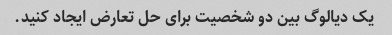
یک دیالوگ بین دو شخصیت برای حل تعارض ایجاد کنید.